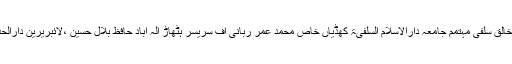
(مشہور و معروف مصنف وناشر) شیخ الحدیث حافظ عبدالخالق سلفی مہتمم جامعہ دارالاسلام السلفیۃ کھڈیاں خاص محمد عمر ربانی آف سریسر ہٹھاڑ الہ آباد حافظ بلال حسین ،لائبریرین دارالحدیث راجووال حافظ نظام الدین ،معاون ابن بشیر الحسینوی ۔